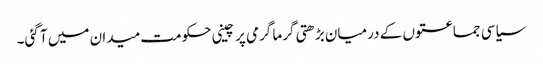
سیاسی جماعتوں کے درمیان بڑھتی گرما گرمی پر چینی حکومت میدان میں آ گئی۔